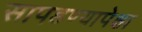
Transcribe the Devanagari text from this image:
सापडण्यापेक्षा